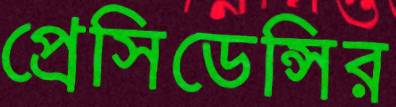
প্রেসিডেন্সির